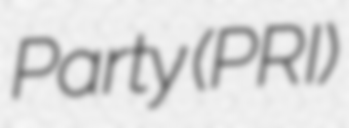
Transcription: Party (PRI)